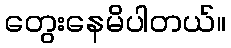
တွေးနေမိပါတယ်။